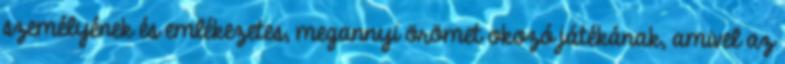
személyének és emlékezetes, megannyi örömet okozó játékának, amivel az